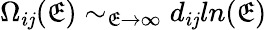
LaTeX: \Omega_{i\mathit{j}}(\mathfrak{E})\sim_{\mathfrak{E}\rightarrow\infty}d_{i\mathit{j}}ln(\mathfrak{E})